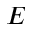
E